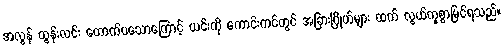
အလွန် ထွန်းလင်း တောက်ပသောကြောင့် ယင်းကို ကောင်းကင်တွင် အခြားဂြိုဟ်များ ထက် လွယ်ကူစွာမြင်ရသည်။